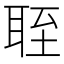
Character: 𬚘